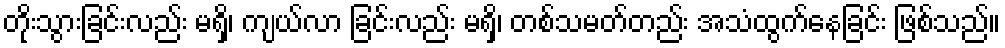
တိုးသွားခြင်းလည်း မရှိ၊ ကျယ်လာ ခြင်းလည်း မရှိ၊ တစ်သမတ်တည်း အသံထွက်နေခြင်း ဖြစ်သည်။